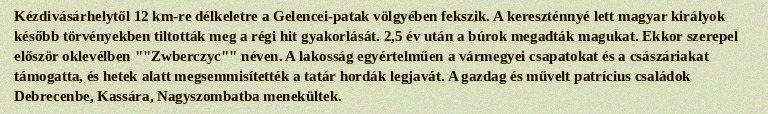
Kézdivásárhelytől 12 km-re délkeletre a Gelencei-patak völgyében fekszik. A kereszténnyé lett magyar királyok később törvényekben tiltották meg a régi hit gyakorlását. 2,5 év után a búrok megadták magukat. Ekkor szerepel először oklevélben ""Zwberczyc"" néven. A lakosság egyértelműen a vármegyei csapatokat és a császáriakat támogatta, és hetek alatt megsemmisítették a tatár hordák legjavát. A gazdag és művelt patrícius családok Debrecenbe, Kassára, Nagyszombatba menekültek.